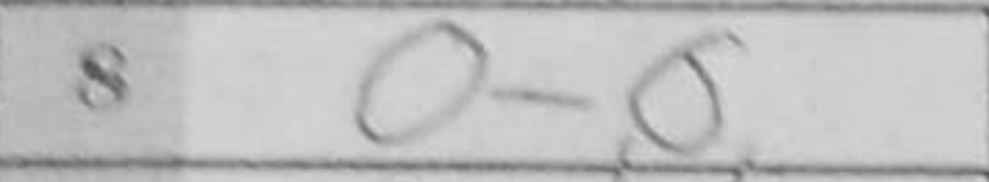
Transcription: O-O